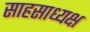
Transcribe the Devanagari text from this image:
साहसाध्यक्ष